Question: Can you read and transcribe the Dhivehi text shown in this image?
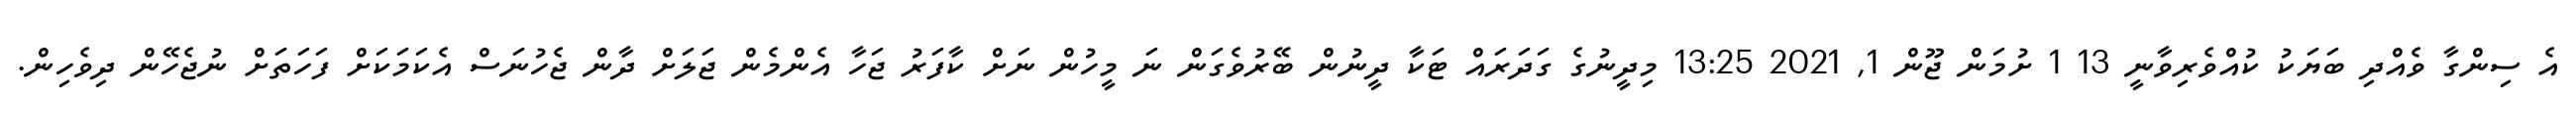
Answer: އެ ސިންގާ ވެއްދި ބަޔަކު ކުއްވެރިވާނީ 13 1 ށުމަން ޖޫން 1, 2021 13:25 މިދީނުގެ ގަދަރައް ޓަކާ ދީނުން ބޭރުވެގަން ނަ މީހުން ނަށް ކާފަރު ޖަހާ އެންމެން ޖަލަށް ދާން ޖެހުނަސް އެކަމަކަށް ފަހަތަށް ނުޖެހޭން ދިވެހިން.